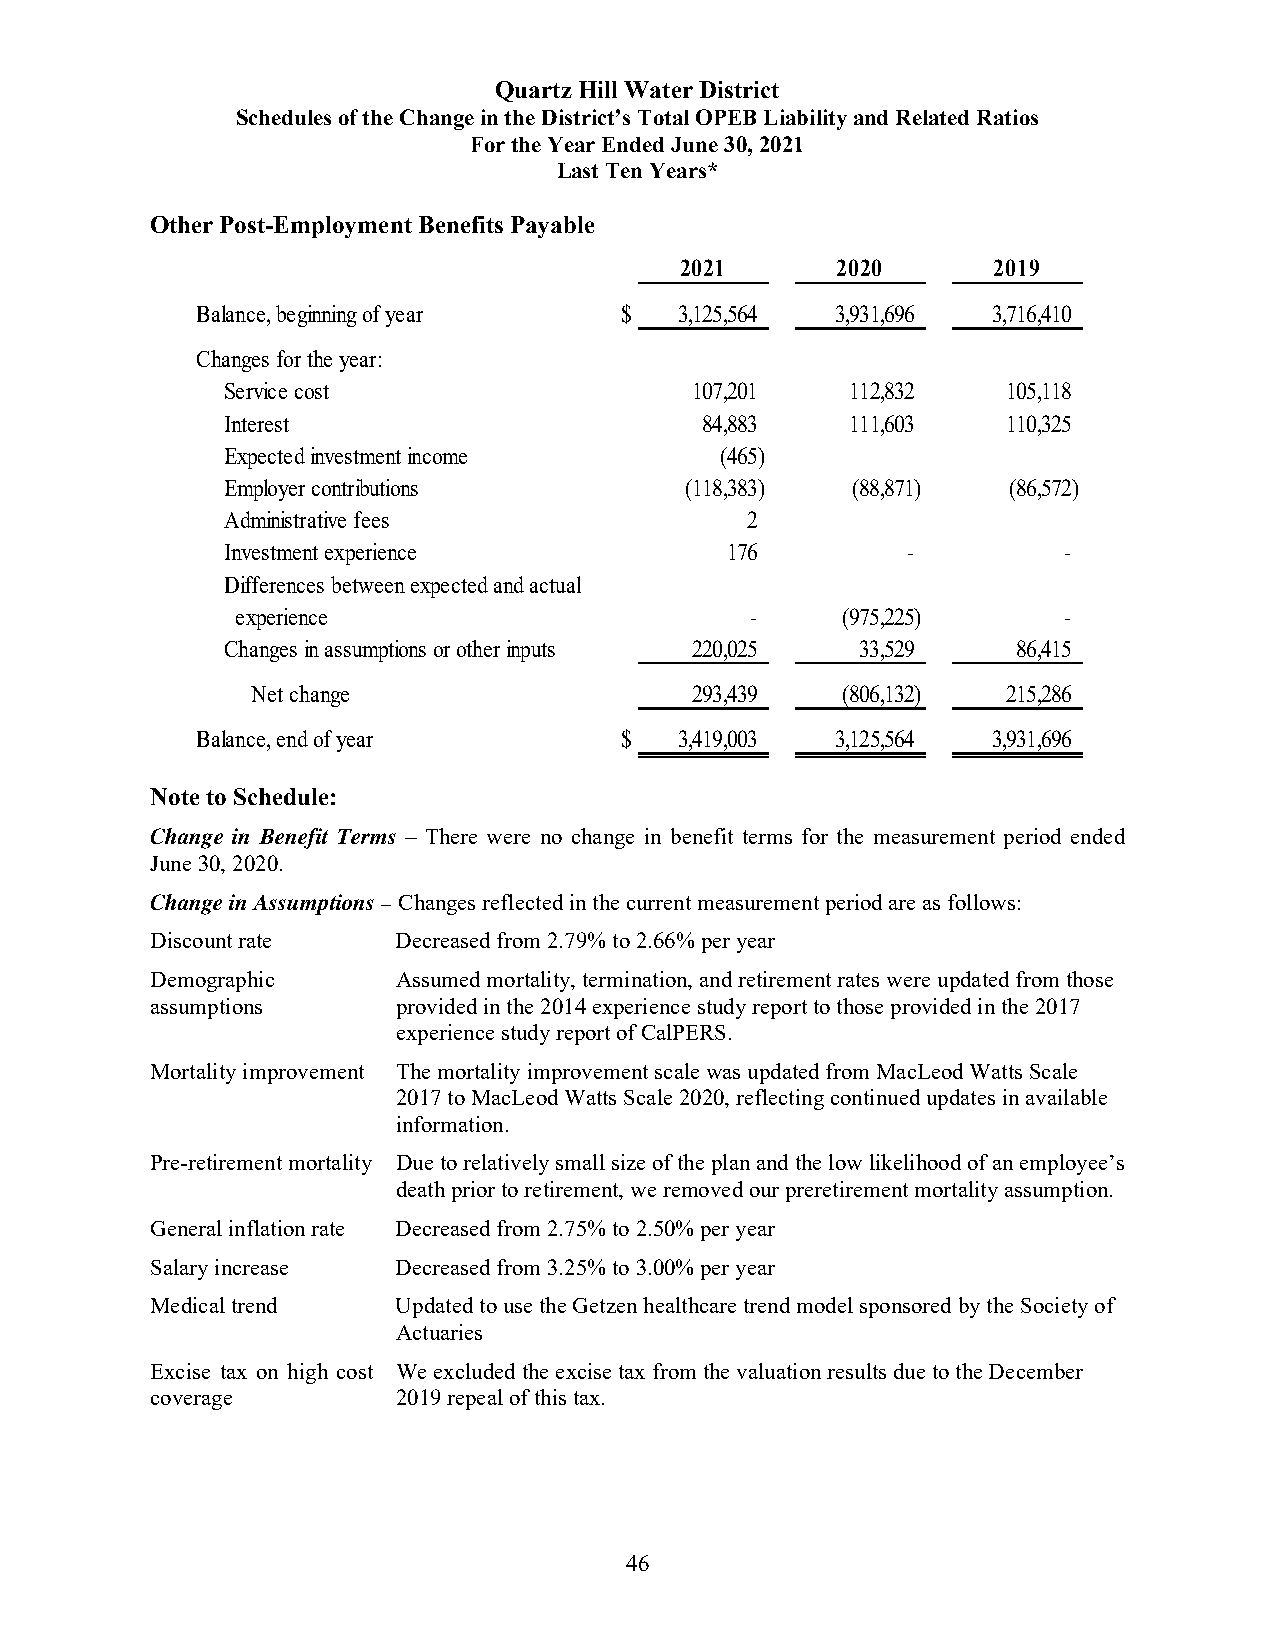
Quartz Hill Water District
 Schedules of the Change in the District’s Total OPEB Liability and Related Ratios
 For the Year Ended June 30, 2021
 Last Ten Years*
 Other Post-Employment Benefits Payable
 2021      2020       2019
 Balance, beginning of year  $   3,125,564 3,931,696  3,716,410
 Changes for the year:
 Service cost                   107,201   112,832    105,118
 Interest                       84,883    111,603    110,325
 Expected investment income       (465)
 Employer contributions        (118,383)  (88,871)   (86,572)
 Administrative fees               2
 Investment experience            176         -         -
 Differences between expected and actual
 experience                        -     ( 975,225)    -
 Changes in assumptions or other inputs 220,025 3 3,529 8 6,415
 Net change                   293,439   ( 806,132) 215,286
 Balance, end of year        $   3,419,003 3,125,564  3,931,696
 Note to Schedule:
 Change in Benefit Terms – There were no change in benefit terms for the measurement period ended
 June 30, 2020.
 Change in Assumptions – Changes reflected in the current measurement period are as follows:
 Discount rate   Decreased from 2.79% to 2.66% per year
 Demographic     Assumed mortality, termination, and retirement rates were updated from those
 assumptions     provided in the 2014 experience study report to those provided in the 2017
 experience study report of CalPERS.
 Mortality improvement The mortality improvement scale was updated from MacLeod Watts Scale
 2017 to MacLeod Watts Scale 2020, reflecting continued updates in available
 information.
 Pre-retirement mortality Due to relatively small size of the plan and the low likelihood of an employee’s
 death prior to retirement, we removed our preretirement mortality assumption.
 General inflation rate Decreased from 2.75% to 2.50% per year
 Salary increase Decreased from 3.25% to 3.00% per year
 Medical trend   Updated to use the Getzen healthcare trend model sponsored by the Society of
 Actuaries
 Excise tax on high cost We excluded the excise tax from the valuation results due to the December
 coverage        2019 repeal of this tax.
 46